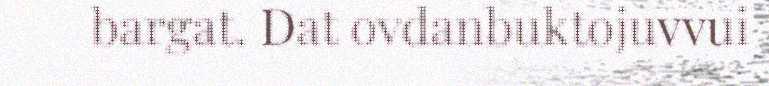
bargat. Dat ovdanbuktojuvvui